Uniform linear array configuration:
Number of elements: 8
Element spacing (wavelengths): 0.25
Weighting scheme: uniform
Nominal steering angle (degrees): -30
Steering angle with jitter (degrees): -31.205
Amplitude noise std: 0.05
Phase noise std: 0.05

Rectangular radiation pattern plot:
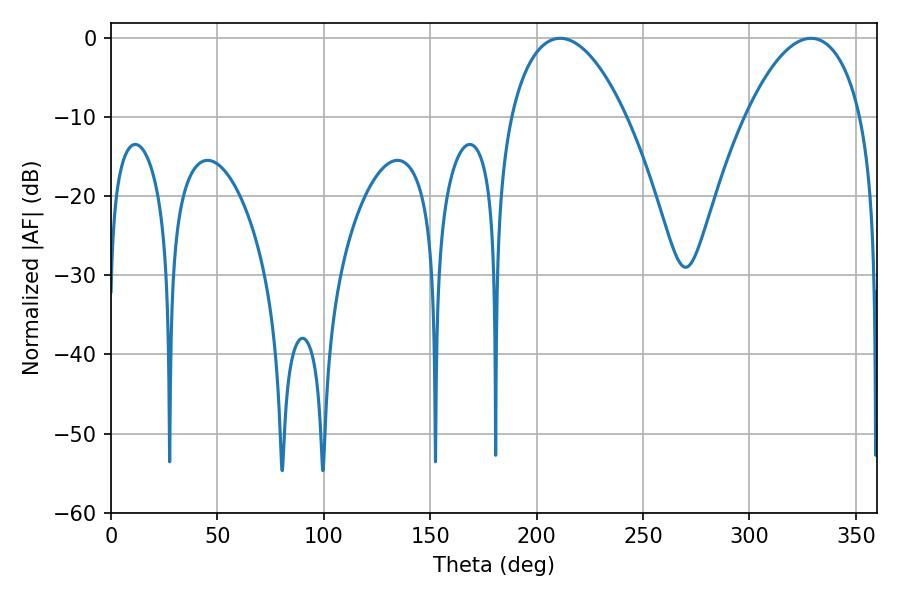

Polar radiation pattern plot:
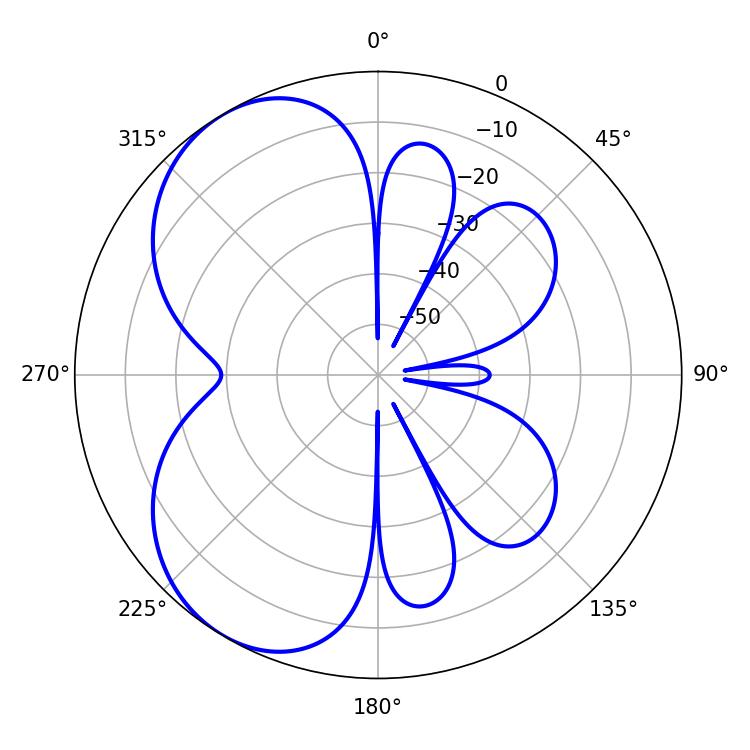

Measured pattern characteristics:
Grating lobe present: FALSE
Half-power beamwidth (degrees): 30.42
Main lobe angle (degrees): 211.14